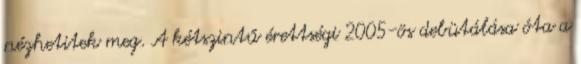
nézhetitek meg. A kétszintű érettségi 2005-ös debütálása óta a